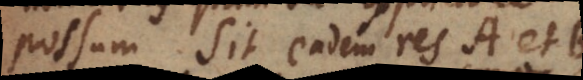
possum. Sit eadem res A et B,